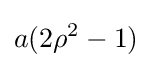
a(2\rho ^{2}-1)